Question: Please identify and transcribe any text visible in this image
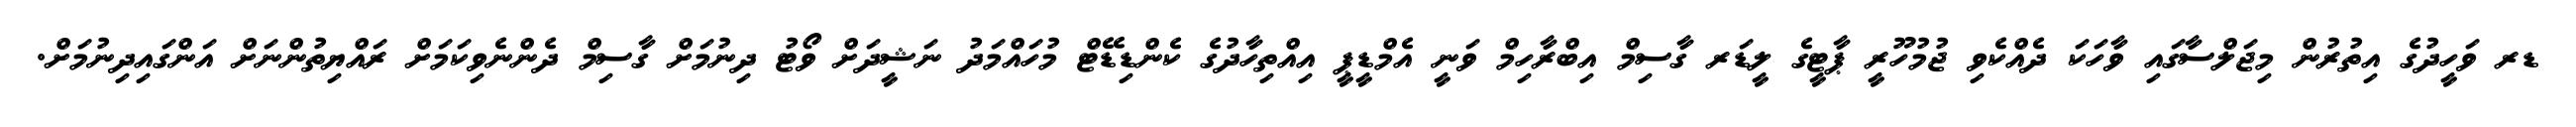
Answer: ޑރ ވަހީދުގެ އިތުރުން މިޖަލްސާގައި ވާހަކަ ދެއްކެވި ޖުމުހޫރީ ޕާޓީގެ ލީޑަރ ގާސިމް އިބްރާހިމް ވަނީ އެމްޑީޕީ އިއްތިހާދުގެ ކެންޑިޑޭޓް މުހައްމަދު ނަޝީދަށް ވޯޓު ދިނުމަށް ގާސިމް ދެންނެވިކަމަށް ރައްޔިތުންނަށް އަންގައިދިނުމަށް.